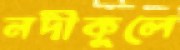
নদীকূলে